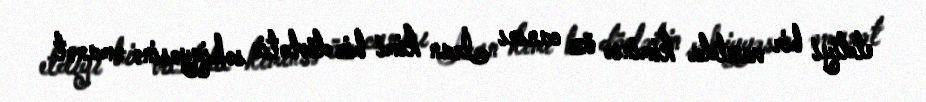
etdiyi bir vaxtda kiminsə öz canını İran kimi bir dövlətin səhiyyəsinə əmanət